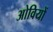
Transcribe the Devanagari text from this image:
ओवियों